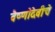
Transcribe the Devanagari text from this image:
वैष्णोदेवीचे